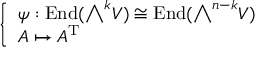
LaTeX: \left\{ \begin{array} { l l } { \psi : \operatorname { E n d } ( { \textstyle \bigwedge } ^ { k } V ) \cong \operatorname { E n d } ( { \textstyle \bigwedge } ^ { n - k } V ) } \\ { A \mapsto A ^ { \mathrm { T } } } \end{array} \right.